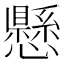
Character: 懸